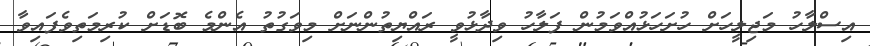
އިސްލާހު މަޖިލީހަށް ހުށަހަޅުއްވަމުން ފަލާހު ވިދާޅުވީ ރައްޔިތުންނަށް މިވަގުތު އެންމެ ބޮޑަށް ކުރިމަތިވެފައިވާ